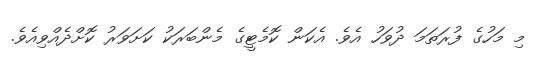
މި މަހުގެ ފުރަތަމަ ދުވަހު އެވެ. އެކަން ކޮމެޓީގެ މެންބަރަކު ކަށަވަރު ކޮށްދެއްވިއެވެ.